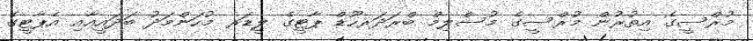
މުރްސީގެ އިތުރުން މުރްސީގެ މުސްލިމް ބްރަދަރހޫޑް ޕާޓީގެ ލީޑަރ މުހަންމަދު ބަދައީއާއި އެޕާޓީގެ